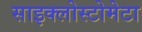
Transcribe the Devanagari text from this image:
साइक्लोस्टोमेटा